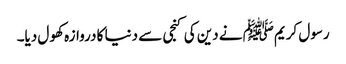
رسول کریمﷺ نے دین کی کنجی سے دنیا کا دروازہ کھول دیا۔